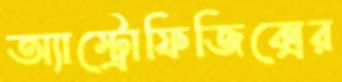
অ্যাস্ট্রোফিজিক্সের